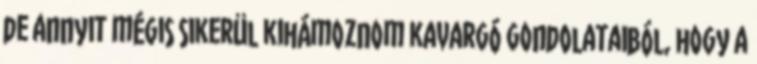
de annyit mégis sikerül kihámoznom kavargó gondolataiból, hogy a